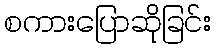
စကားပြောဆိုခြင်း